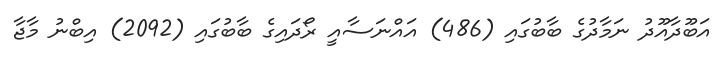
އަބޫދާއޫދު ނަމާދުގެ ބާބުގައި (486) އައްނަސާއީ ރޯދައިގެ ބާބުގައި (2092) އިބްނު މާޖާ